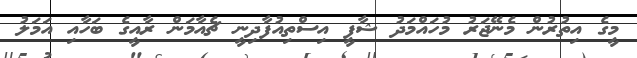
މީގެ އިތުރުން މެނޭޖަރު މުހައްމަދު ޝާފީ އިސްތިއުފާދިނީ ޗެއާމަން ރާއީގެ ބަހާއި އަމަލު